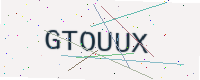
Text: GTOUUX